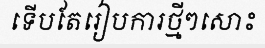
ទើបតែរៀបការថ្មីៗសោះ